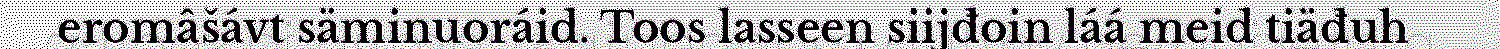
eromâšávt säminuoráid. Toos lasseen siijđoin láá meid tiäđuh